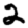
Digit: 2